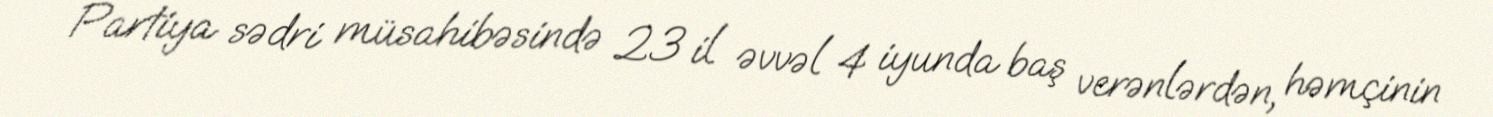
Partiya sədri müsahibəsində 23 il əvvəl 4 iyunda baş verənlərdən, həmçinin